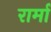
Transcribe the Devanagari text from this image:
रार्मा